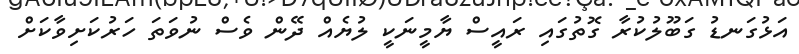
އަޅުގަނޑު ގަބޫލުކުރާ ގޮތުގައި ރައީސް ޔާމީނަކީ ލުޔެެއް ދޭން ވެސް ނުވަތަ ހަރުކަށިވާކަށް